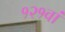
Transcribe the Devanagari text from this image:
१२१वां